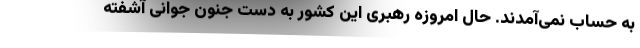
به حساب نمی‌آمدند. حال امروزه رهبری این کشور به دست جنون جوانی آشفته